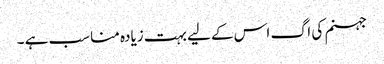
جہنم کی اگ اس کے لیے بہت زیادہ مناسب ہے ۔